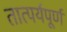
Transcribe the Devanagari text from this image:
तात्पर्यपूर्ण